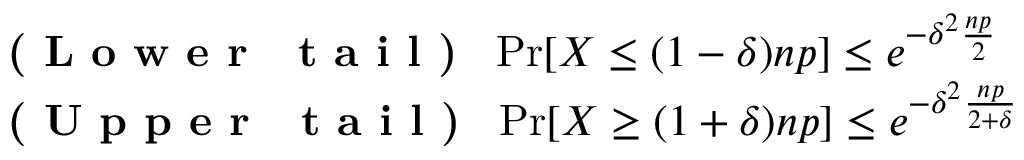
\begin{array} { r l } & { \mathrm { \textbf { ( L o w e r ~ t a i l ) } ~ } \operatorname* { P r } [ X \leq ( 1 - \delta ) n p ] \leq e ^ { - \delta ^ { 2 } \frac { n p } { 2 } } } \\ & { \mathrm { \textbf { ( U p p e r ~ t a i l ) } ~ } \operatorname* { P r } [ X \geq ( 1 + \delta ) n p ] \leq e ^ { - \delta ^ { 2 } \frac { n p } { 2 + \delta } } } \end{array}